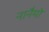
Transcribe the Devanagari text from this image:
नानैमो